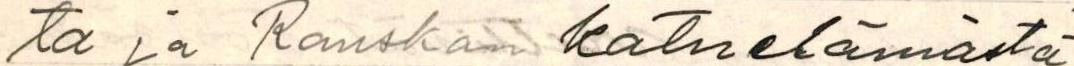
ta ja kaikesta näkemästänsä